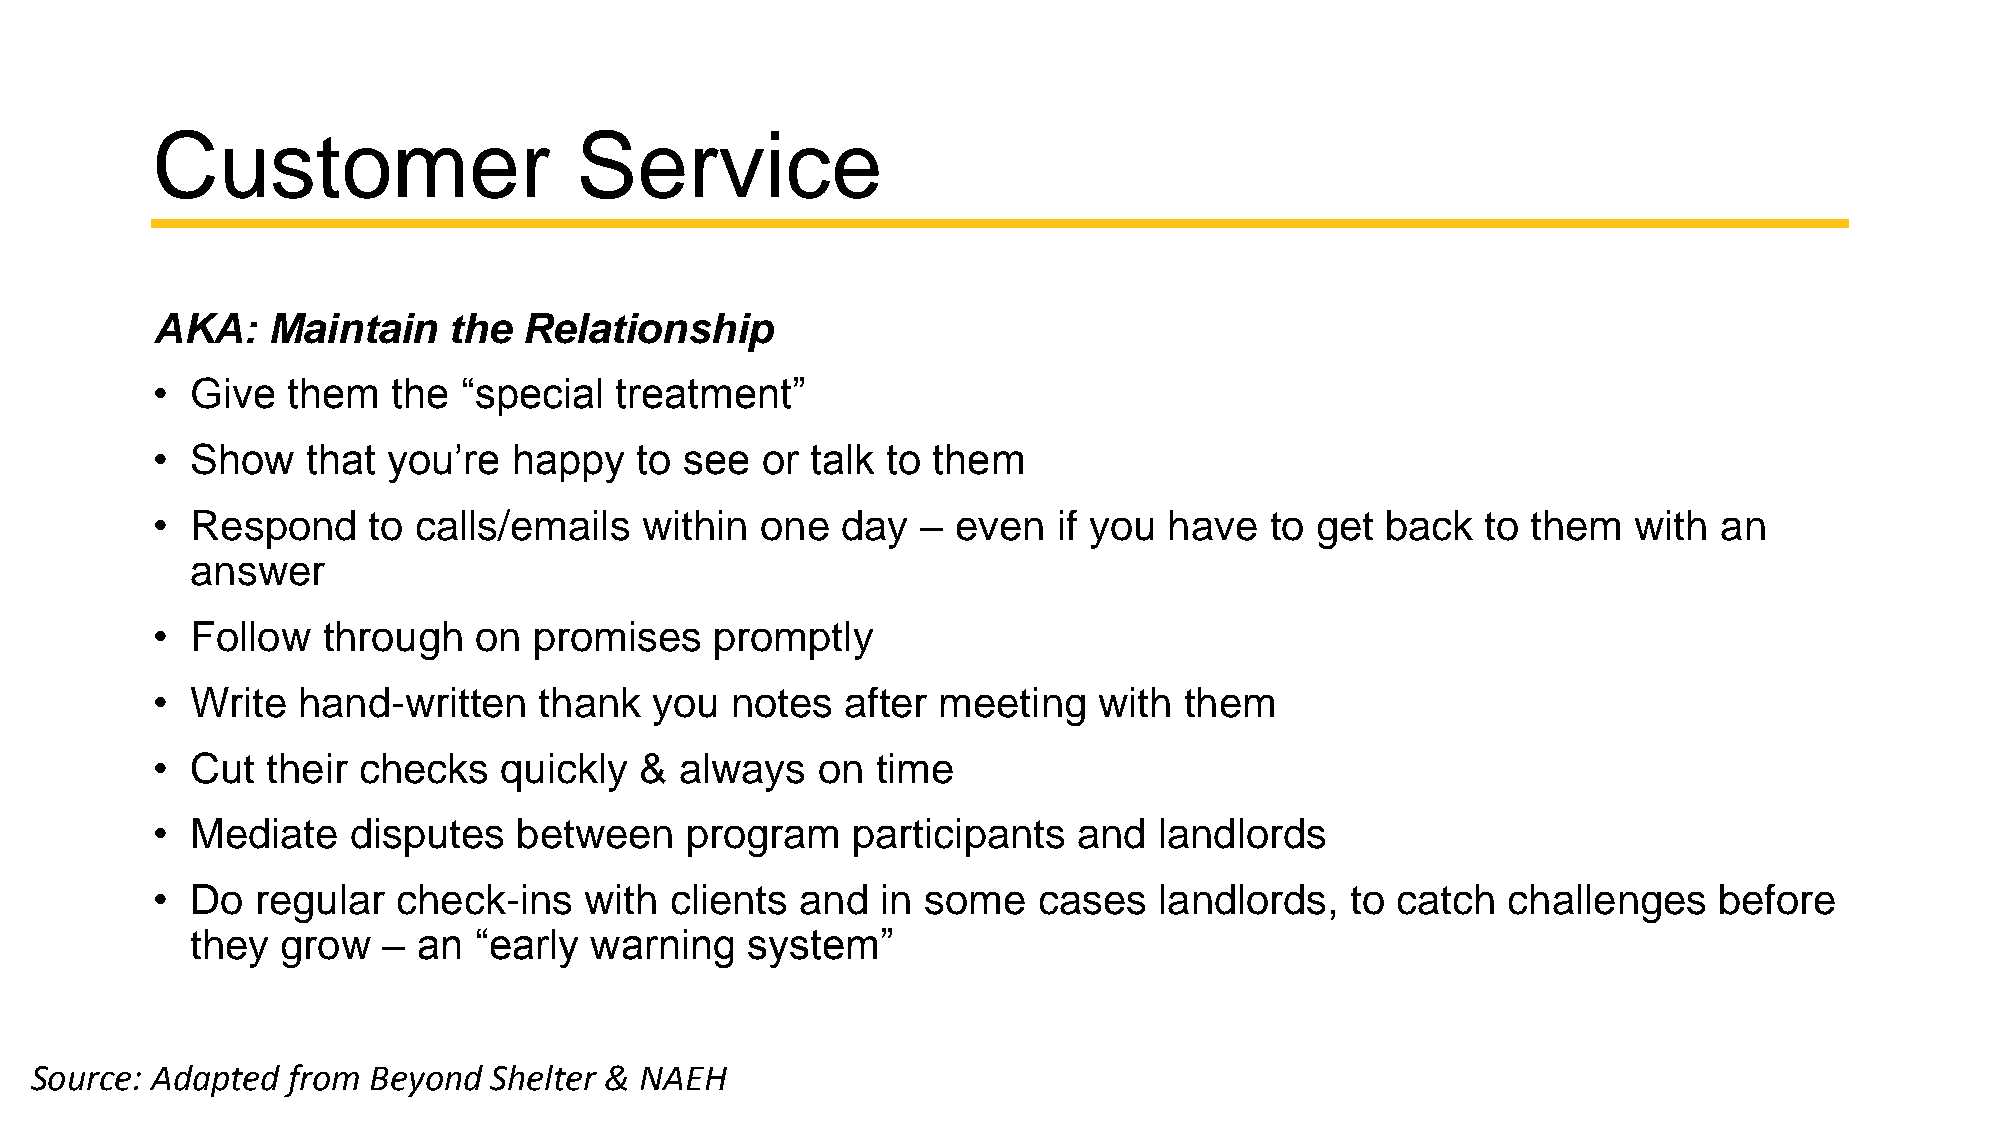
Customer                    Service
 AKA:    Maintain    the  Relationship
 •  Give  them   the “special   treatment”
 •  Show   that  you’re  happy   to see  or  talk to them
 •  Respond    to calls/emails   within  one   day  – even   if you have   to get  back  to them   with  an
 answer
 •  Follow  through   on  promises    promptly
 •  Write  hand-written    thank  you  notes   after meeting    with them
 •  Cut  their checks   quickly  &  always   on  time
 •  Mediate   disputes   between    program    participants   and   landlords
 •  Do  regular  check-ins    with clients  and  in some    cases   landlords,  to catch   challenges    before
 they  grow  –  an “early  warning   system”
 Source: Adapted  from Beyond   Shelter & NAEH